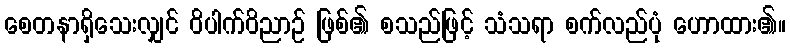
စေတနာရှိသေးလျှင် ဝိပါက်ဝိညာဉ် ဖြစ်၏ စသည်ဖြင့် သံသရာ စက်လည်ပုံ ဟောထား၏။